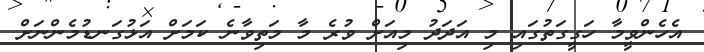
އެހެންވީމާ ހަގީގަތުގައި މި އަދަދު މިއަށް ވުރެ މާ މަތިވާނެ ކަމަށް އަޅުގަނޑުމެންނަށް